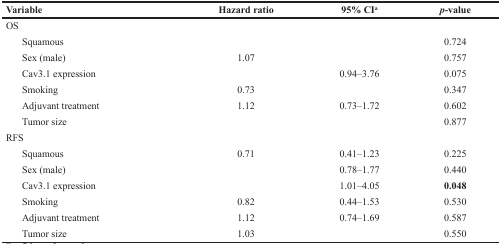
<table><thead><tr><td><b>Variable</b></td><td><b>Hazard ratio</b></td><td><b>95% CI<sup>a</sup></b></td><td><b><i>p</i>-value</b></td></tr></thead><tbody><tr><td>OS</td><td>[EMPTY_CELL]</td><td>[EMPTY_CELL]</td><td>[EMPTY_CELL]</td></tr><tr><td> Squamous</td><td>[EMPTY_CELL]</td><td>[EMPTY_CELL]</td><td>0.724</td></tr><tr><td> Sex (male)</td><td>1.07</td><td>[EMPTY_CELL]</td><td>0.757</td></tr><tr><td> Cav3.1 expression</td><td>[EMPTY_CELL]</td><td>0.94–3.76</td><td>0.075</td></tr><tr><td> Smoking</td><td>0.73</td><td>[EMPTY_CELL]</td><td>0.347</td></tr><tr><td> Adjuvant treatment</td><td>1.12</td><td>0.73–1.72</td><td>0.602</td></tr><tr><td> Tumor size</td><td>[EMPTY_CELL]</td><td>[EMPTY_CELL]</td><td>0.877</td></tr><tr><td>RFS</td><td>[EMPTY_CELL]</td><td>[EMPTY_CELL]</td><td>[EMPTY_CELL]</td></tr><tr><td> Squamous</td><td>0.71</td><td>0.41–1.23</td><td>0.225</td></tr><tr><td> Sex (male)</td><td>[EMPTY_CELL]</td><td>0.78–1.77</td><td>0.440</td></tr><tr><td> Cav3.1 expression</td><td>[EMPTY_CELL]</td><td>1.01–4.05</td><td><b>0.048</b></td></tr><tr><td> Smoking</td><td>0.82</td><td>0.44–1.53</td><td>0.530</td></tr><tr><td> Adjuvant treatment</td><td>1.12</td><td>0.74–1.69</td><td>0.587</td></tr><tr><td> Tumor size</td><td>1.03</td><td>[EMPTY_CELL]</td><td>0.550</td></tr></tbody></table>